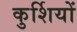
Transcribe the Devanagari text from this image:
कुर्शियों